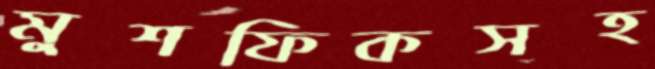
মুশফিকসহ